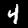
Label: 4